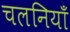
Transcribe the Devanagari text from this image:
चलनियाँ